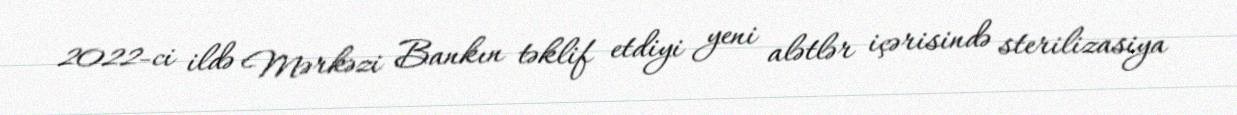
2022-ci ildə Mərkəzi Bankın təklif etdiyi yeni alətlər içərisində sterilizasiya